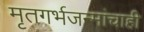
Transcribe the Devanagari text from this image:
मृतगर्भजन्मांचाही